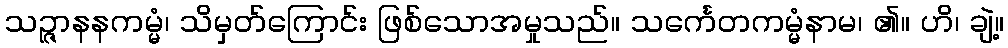
သဉ္ဇာနနကမ္မံ၊ သိမှတ်ကြောင်း ဖြစ်သောအမှုသည်။ သင်္ကေတကမ္မံနာမ၊ ၏။ ဟိ၊ ချဲ့။